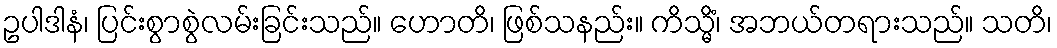
ဥပါဒါနံ၊ ပြင်းစွာစွဲလမ်းခြင်းသည်။ ဟောတိ၊ ဖြစ်သနည်း။ ကိသ္မိံ၊ အဘယ်တရားသည်။ သတိ၊